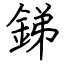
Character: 銻